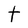
Character: t